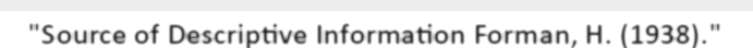
"Source of Descriptive Information Forman, H. (1938)."